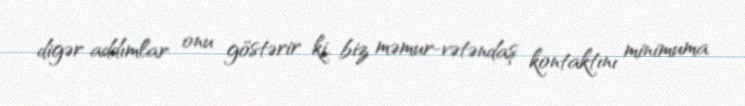
digər addımlar onu göstərir ki, biz məmur-vətəndaş kontaktını minimuma